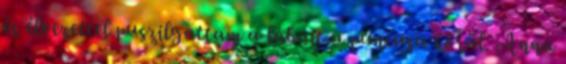
és élvezettel puszilgattam a lábait a puncusa körül. Anna